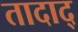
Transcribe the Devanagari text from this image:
तादाद्